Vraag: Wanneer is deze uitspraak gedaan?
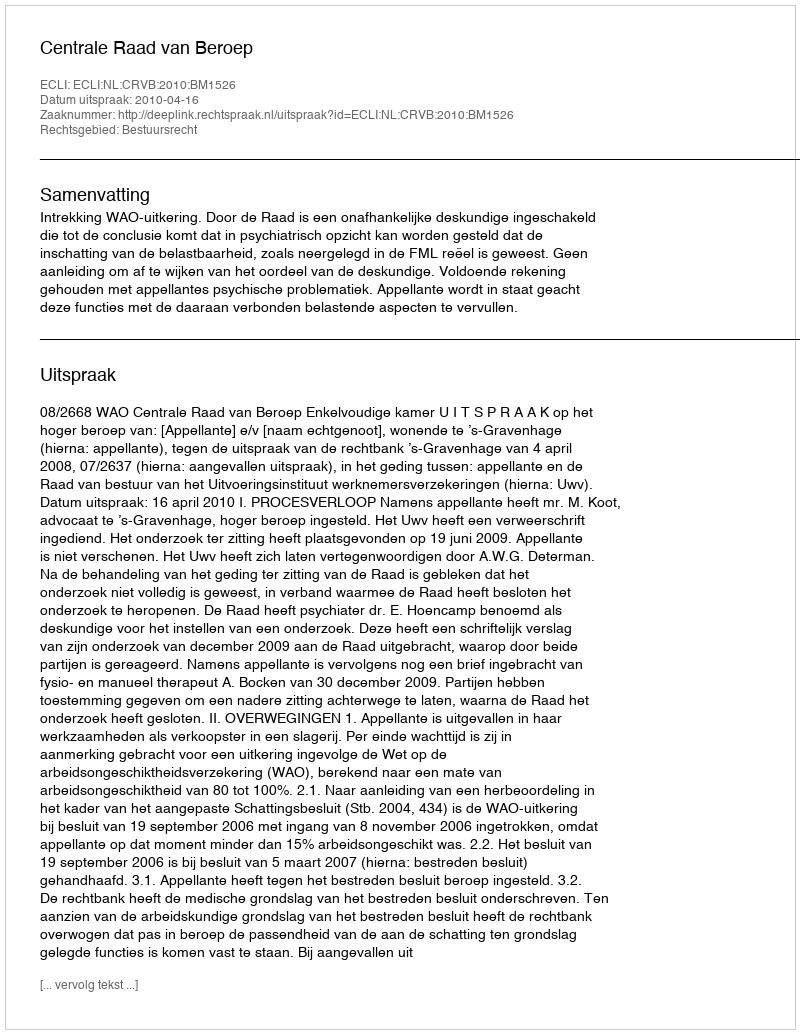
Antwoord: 2010-04-16